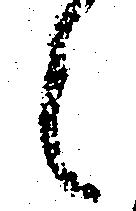
々